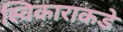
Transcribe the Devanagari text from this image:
स्विकाराकडे